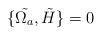
LaTeX: \begin{align*}\{\tilde{\Omega_a},\tilde{H}\}=0\end{align*}